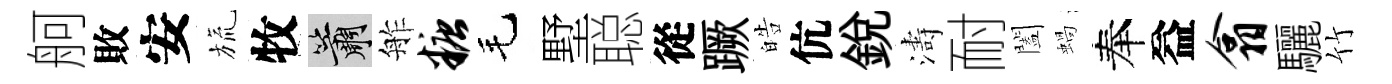
舸敗安旒牧簫舴糖毛墅聪從蹶皓伉銳濤耐闔蝸奉益翕驪竹